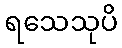
ရသေသုပိ